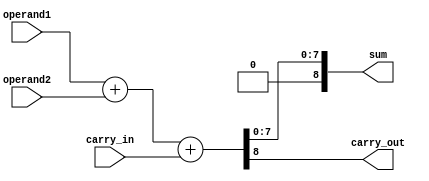
module carry_detect_adder (
    input [7:0] operand1,
    input [7:0] operand2,
    input carry_in,
    output reg [8:0] sum,
    output reg carry_out
);

reg [8:0] temp_sum;

always @* begin
    temp_sum = operand1 + operand2 + carry_in;
    sum = temp_sum[7:0];
    carry_out = temp_sum[8];
end

endmodule